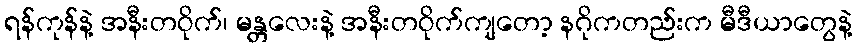
ရန်ကုန်နဲ့ အနီးတဝိုက်၊ မန္တလေးနဲ့ အနီးတဝိုက်ကျတော့ နဂိုကတည်းက မီဒီယာတွေနဲ့